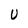
Character: U